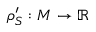
\rho _ { S } ^ { \prime } : M \to \mathbb { R }